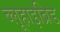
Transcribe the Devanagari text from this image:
ब्लूहाइब्रिड